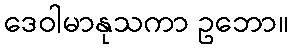
ဒေဝါမာနုသကာ ဥဘော။